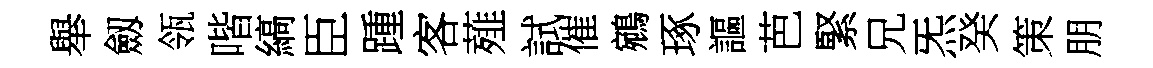
舉劔瓴喈縞臣踵客薤試催鵷琢謳芭緊兄炁癸策朋